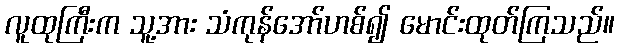
လူထုကြီးက သူ့အား သံကုန်အော်ဟစ်၍ မောင်းထုတ်ကြသည်။